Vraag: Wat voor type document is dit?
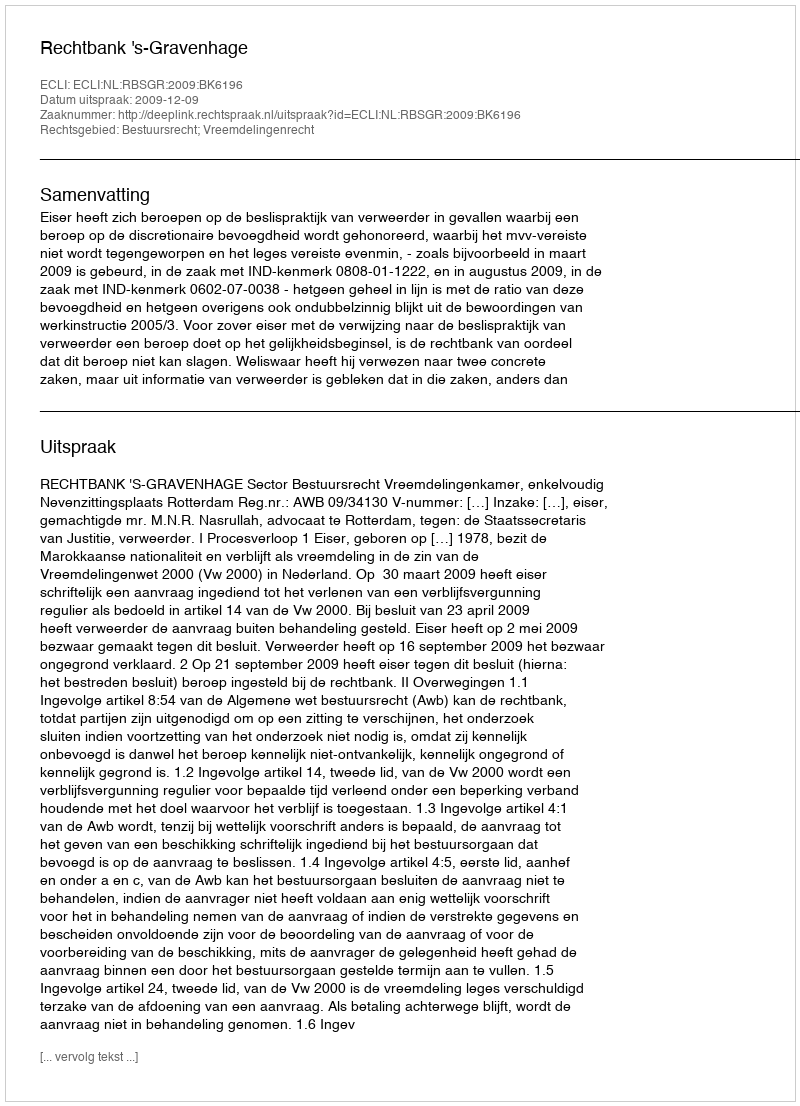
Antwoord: Uitspraak